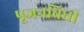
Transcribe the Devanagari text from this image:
पूजनविधी